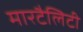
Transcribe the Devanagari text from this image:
मारटैलिटी